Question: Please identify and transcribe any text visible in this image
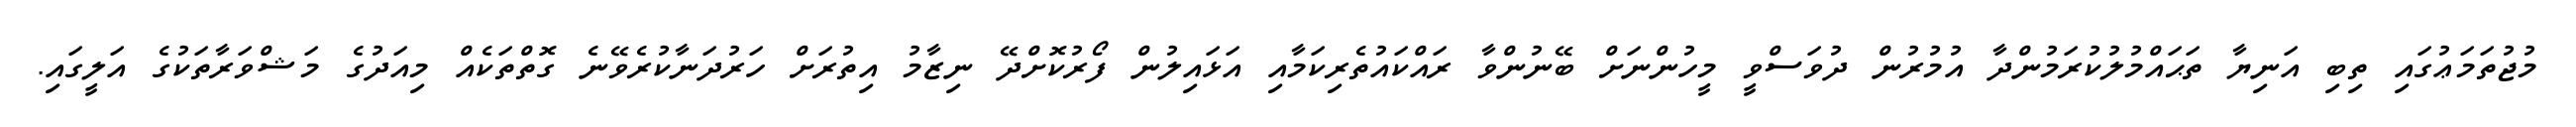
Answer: މުޖުތަމަޢުގައި ތިބި އަނިޔާ ތަޙައްމުލުކުރަމުންދާ އުމުރުން ދުވަސްވީ މީހުންނަށް ބޭނުންވާ ރައްކައުތެރިކަމާއި އަޅައިލުން ފޯރުކޮށްދޭ ނިޒާމު އިތުރަށް ހަރުދަނާކުރެވޭނެ ގޮތްތަކެއް މިއަދުގެ މަޝްވަރާތަކުގެ އަލީގައި.